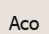
Асо